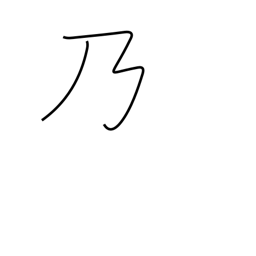
Meaning: possessive particle